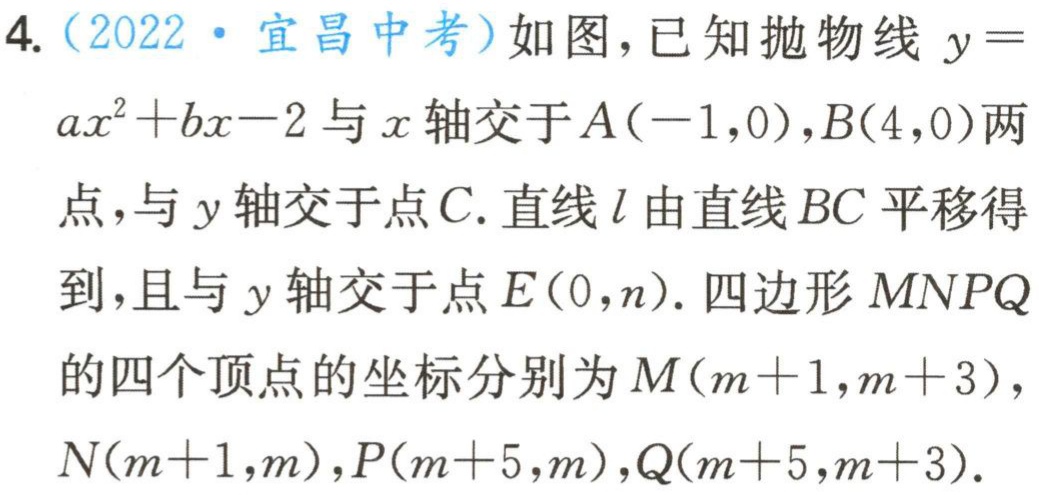
4.（2022·宜昌中考）如图，已知抛物线\(y = ax^{2}+bx - 2\)与\(x\)轴交于\(A(-1,0)\)，\(B(4,0)\)两点，与\(y\)轴交于点\(C\). 直线\(l\)由直线\(BC\)平移得到，且与\(y\)轴交于点\(E(0,n)\). 四边形\(MNPQ\)的四个顶点的坐标分别为\(M(m + 1,m + 3)\)，\(N(m + 1,m)\)，\(P(m + 5,m)\)，\(Q(m + 5,m + 3)\).